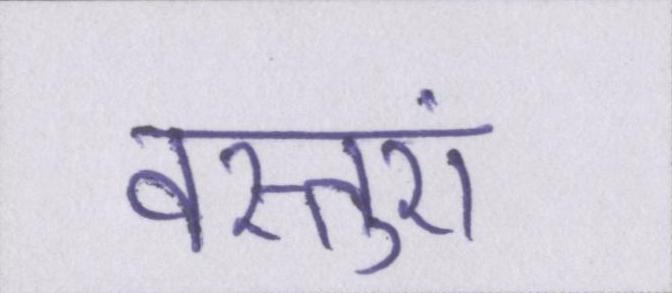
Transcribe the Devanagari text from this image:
वस्तुएं